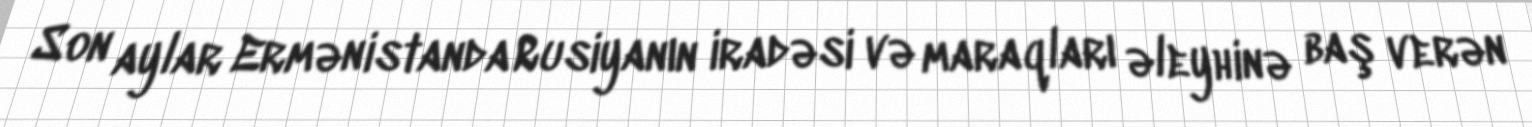
Son aylar Ermənistanda Rusiyanın iradəsi və maraqları əleyhinə baş verən